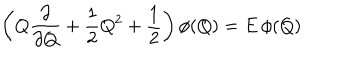
\left( Q { \frac { \partial } { \partial Q } } + { \frac { 1 } { 2 } } Q ^ { 2 } + { \frac { 1 } { 2 } } \right) \phi ( Q ) = E \, \phi ( Q )